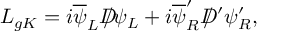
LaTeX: { \cal L } _ { g K } = i \overline { { { \psi } } } _ { L } D \! \! \! \! / \psi _ { L } + i \overline { { { \psi } } } _ { R } ^ { \prime } D \! \! \! \! / \, ^ { \prime } \psi _ { R } ^ { \prime } ,